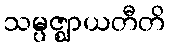
သမ္ပဇ္ဈာယတီတိ